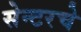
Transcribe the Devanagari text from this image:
सेन्टरचे